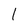
Character: 1